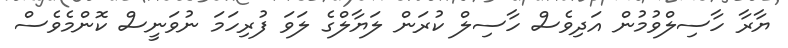
ޔާރާ ހާސިލްވުމުން އަދިވެސް ހާސިލް ކުރަން ލަޔާލްގެ ލަވަ ފުރިހަމަ ނުވަނީސް ކޮންމެވެސް